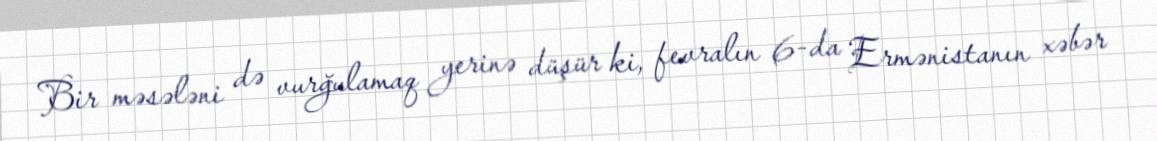
Bir məsələni də vurğulamaq yerinə düşür ki, fevralın 6-da Ermənistanın xəbər